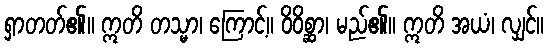
ရှာတတ်၏။ ဣတိ တသ္မာ၊ ကြောင့်။ ဝိဝိစ္ဆာ၊ မည်၏။ ဣတိ အယံ၊ လျှင်။